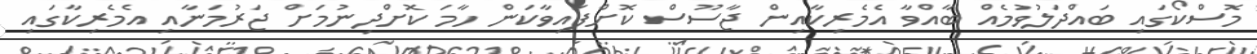
މޮސްކޯގައި ބައްދަލުވުމެއް ބާއްވާ އެމެރިކާއިން ޖާސޫސް ކޮށްފައިވާކަން ހާމަ ކޮށްދިނުމަށް ޖަރުމަނާއި އެމެރިކާގައި